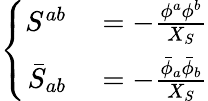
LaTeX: \left\{ \begin{array}{rl}{{S^{ab}}}&{{}{{}=-\frac{\phi^{a}\phi^{b}}{X_{S}}}}\\ {{\bar{S}_{ab}}}&{{}{{}=-\frac{\bar{\phi}_{a}\bar{\phi}_{b}}{X_{S}}}}\end{array}\right.